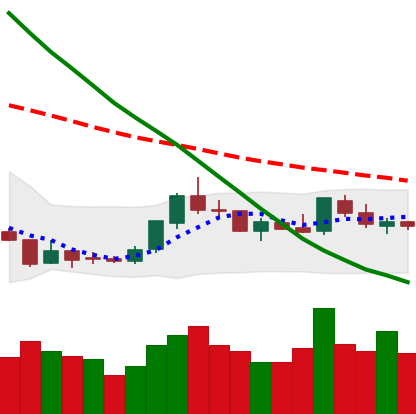
Ticker: LTC-USD
Chart end date: 2018-07-28
Forward return: -8.951%
Label: down_7plus